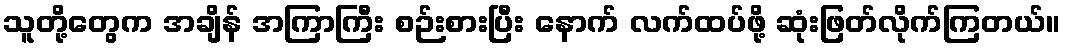
သူတို့တွေက အချိန် အကြာကြီး စဉ်းစားပြီး နောက် လက်ထပ်ဖို့ ဆုံးဖြတ်လိုက်ကြတယ်။